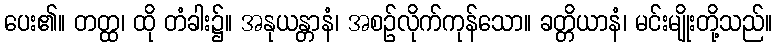
ပေး၏။ တတ္ထ၊ ထို တံခါး၌။ အနုယန္တာနံ၊ အစဉ်လိုက်ကုန်သော။ ခတ္တိယာနံ၊ မင်းမျိုးတို့သည်။